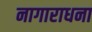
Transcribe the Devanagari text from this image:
नागाराधना